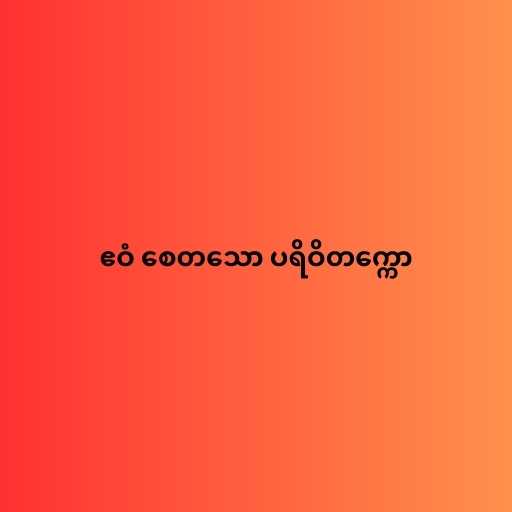
ဧဝံ စေတသော ပရိဝိတက္ကော